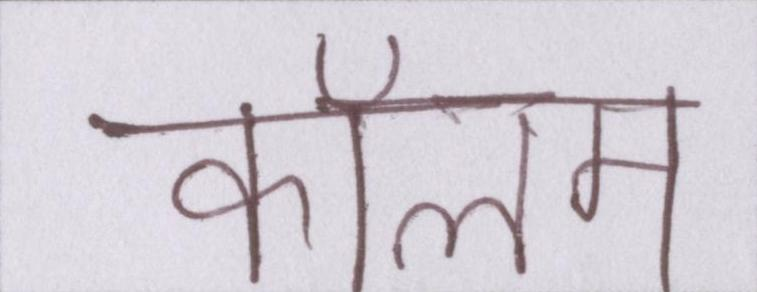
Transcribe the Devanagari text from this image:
कॉलम